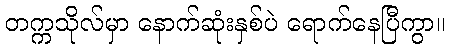
တက္ကသိုလ်မှာ နောက်ဆုံးနှစ်ပဲ ရောက်နေပြီကွာ။